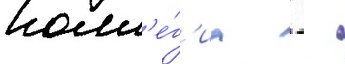
колл'е́г'иа